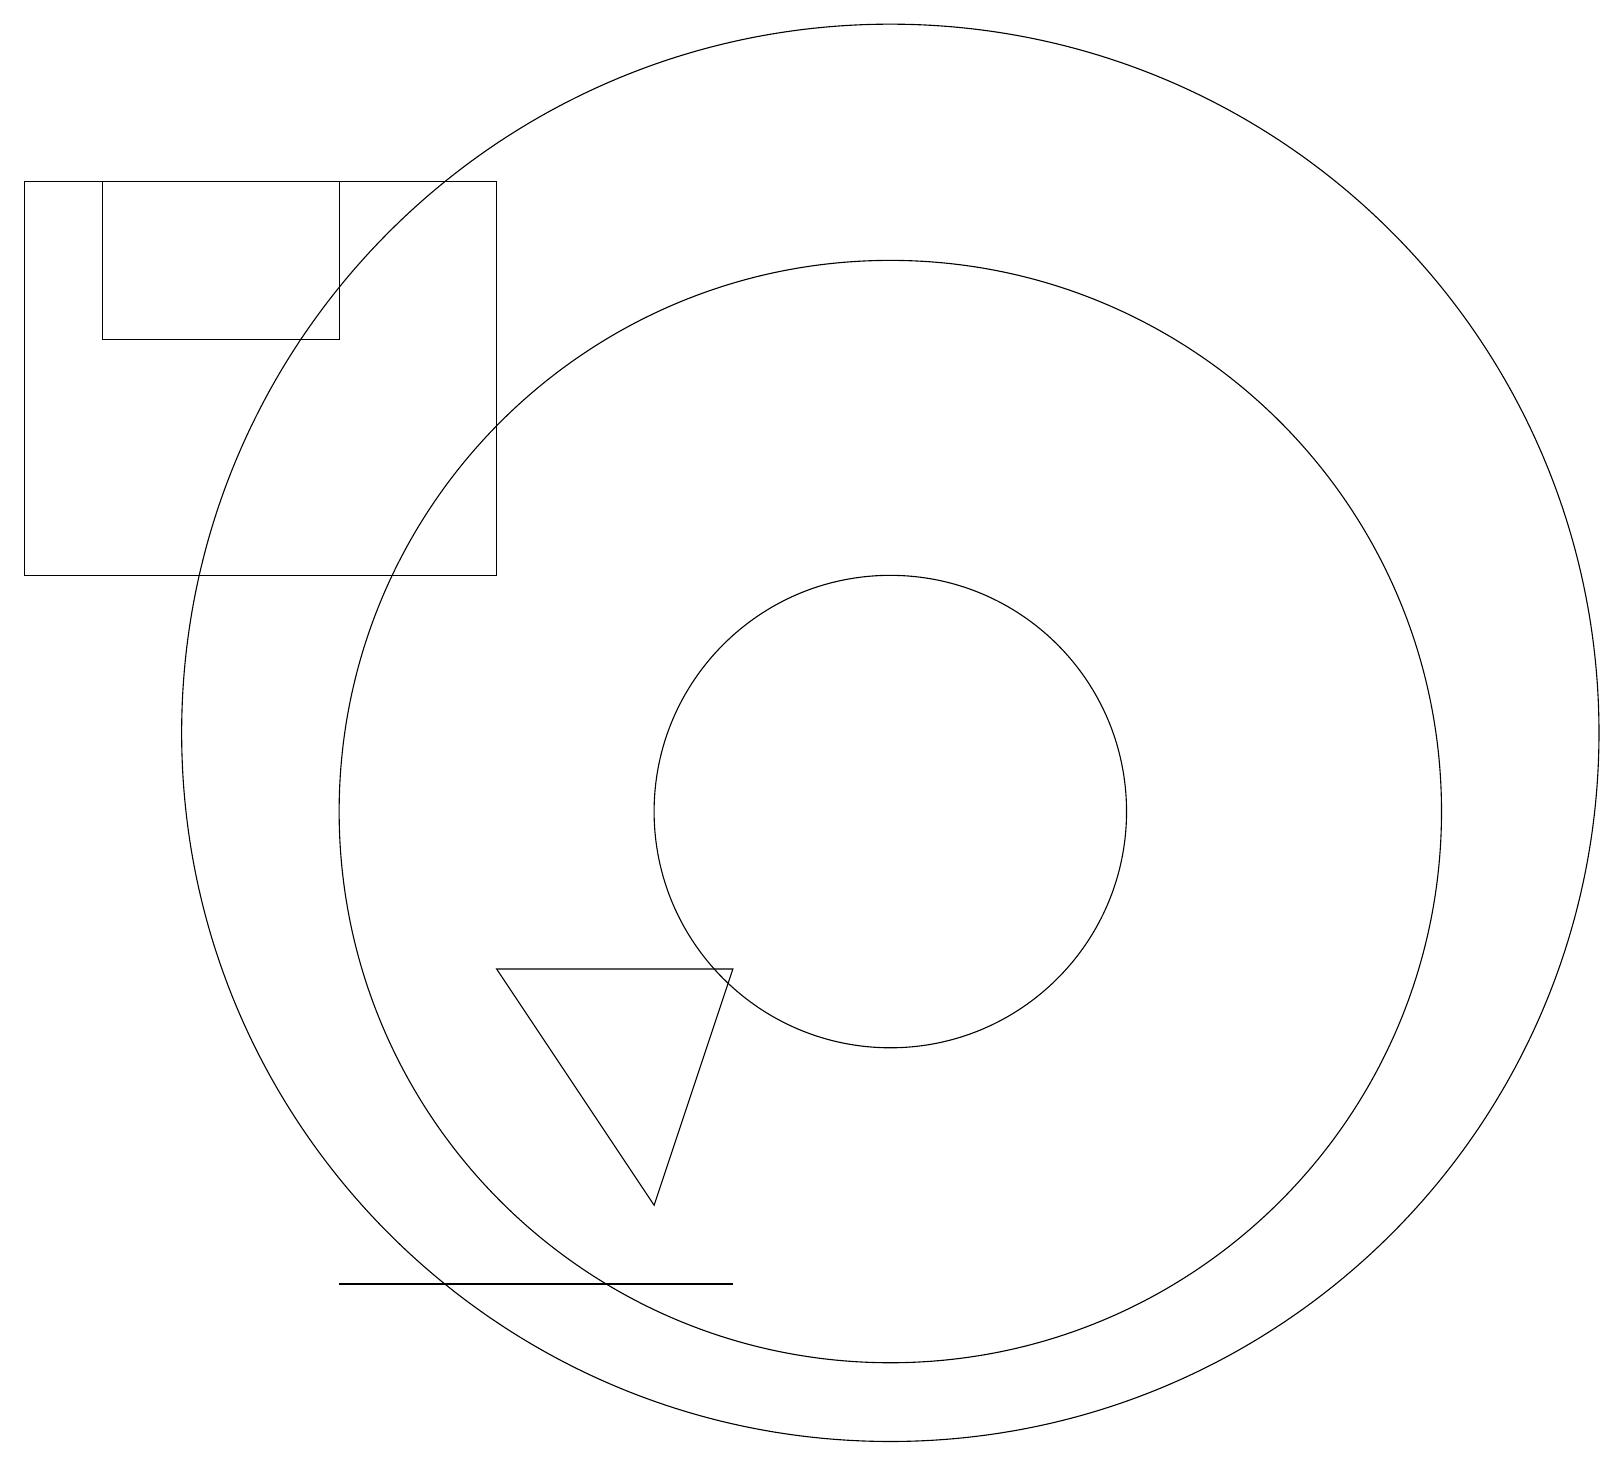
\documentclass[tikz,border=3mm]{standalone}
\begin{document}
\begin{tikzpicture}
\draw (11,10) circle (3);
\draw (4,4) -- (9,4) -- (5,4) -- cycle;
\draw (11,11) circle (9);
\draw (11,10) circle (7);
\draw (9,8) -- (8,5) -- (6,8) -- cycle;
\draw (4,16) rectangle (1,18);
\draw (0,13) rectangle (6,18);
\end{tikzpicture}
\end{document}